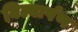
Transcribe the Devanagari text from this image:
बिल्वार्पण